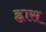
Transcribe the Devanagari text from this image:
ह्नास